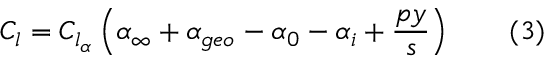
C _ { l } = C _ { l _ { \alpha } } \left( \alpha _ { \infty } + \alpha _ { g e o } - \alpha _ { 0 } - \alpha _ { i } + { \frac { p y } { s } } \right) \qquad ( 3 )